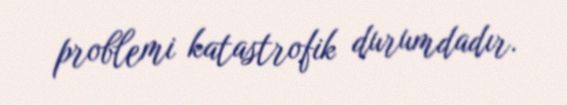
problemi katastrofik durumdadır.